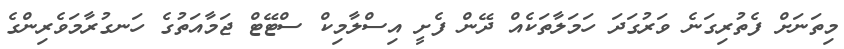
މިތަނަށް ފެތުރިގަނެ ވަރުގަދަ ހަމަލާތަކެއް ދޭން ފެށީ އިސްލާމިކް ސްޓޭޓް ޖަމާއަތުގެ ހަނގުރާމަވެރިންގެ